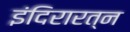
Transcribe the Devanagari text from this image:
इंदिरारत्‍न